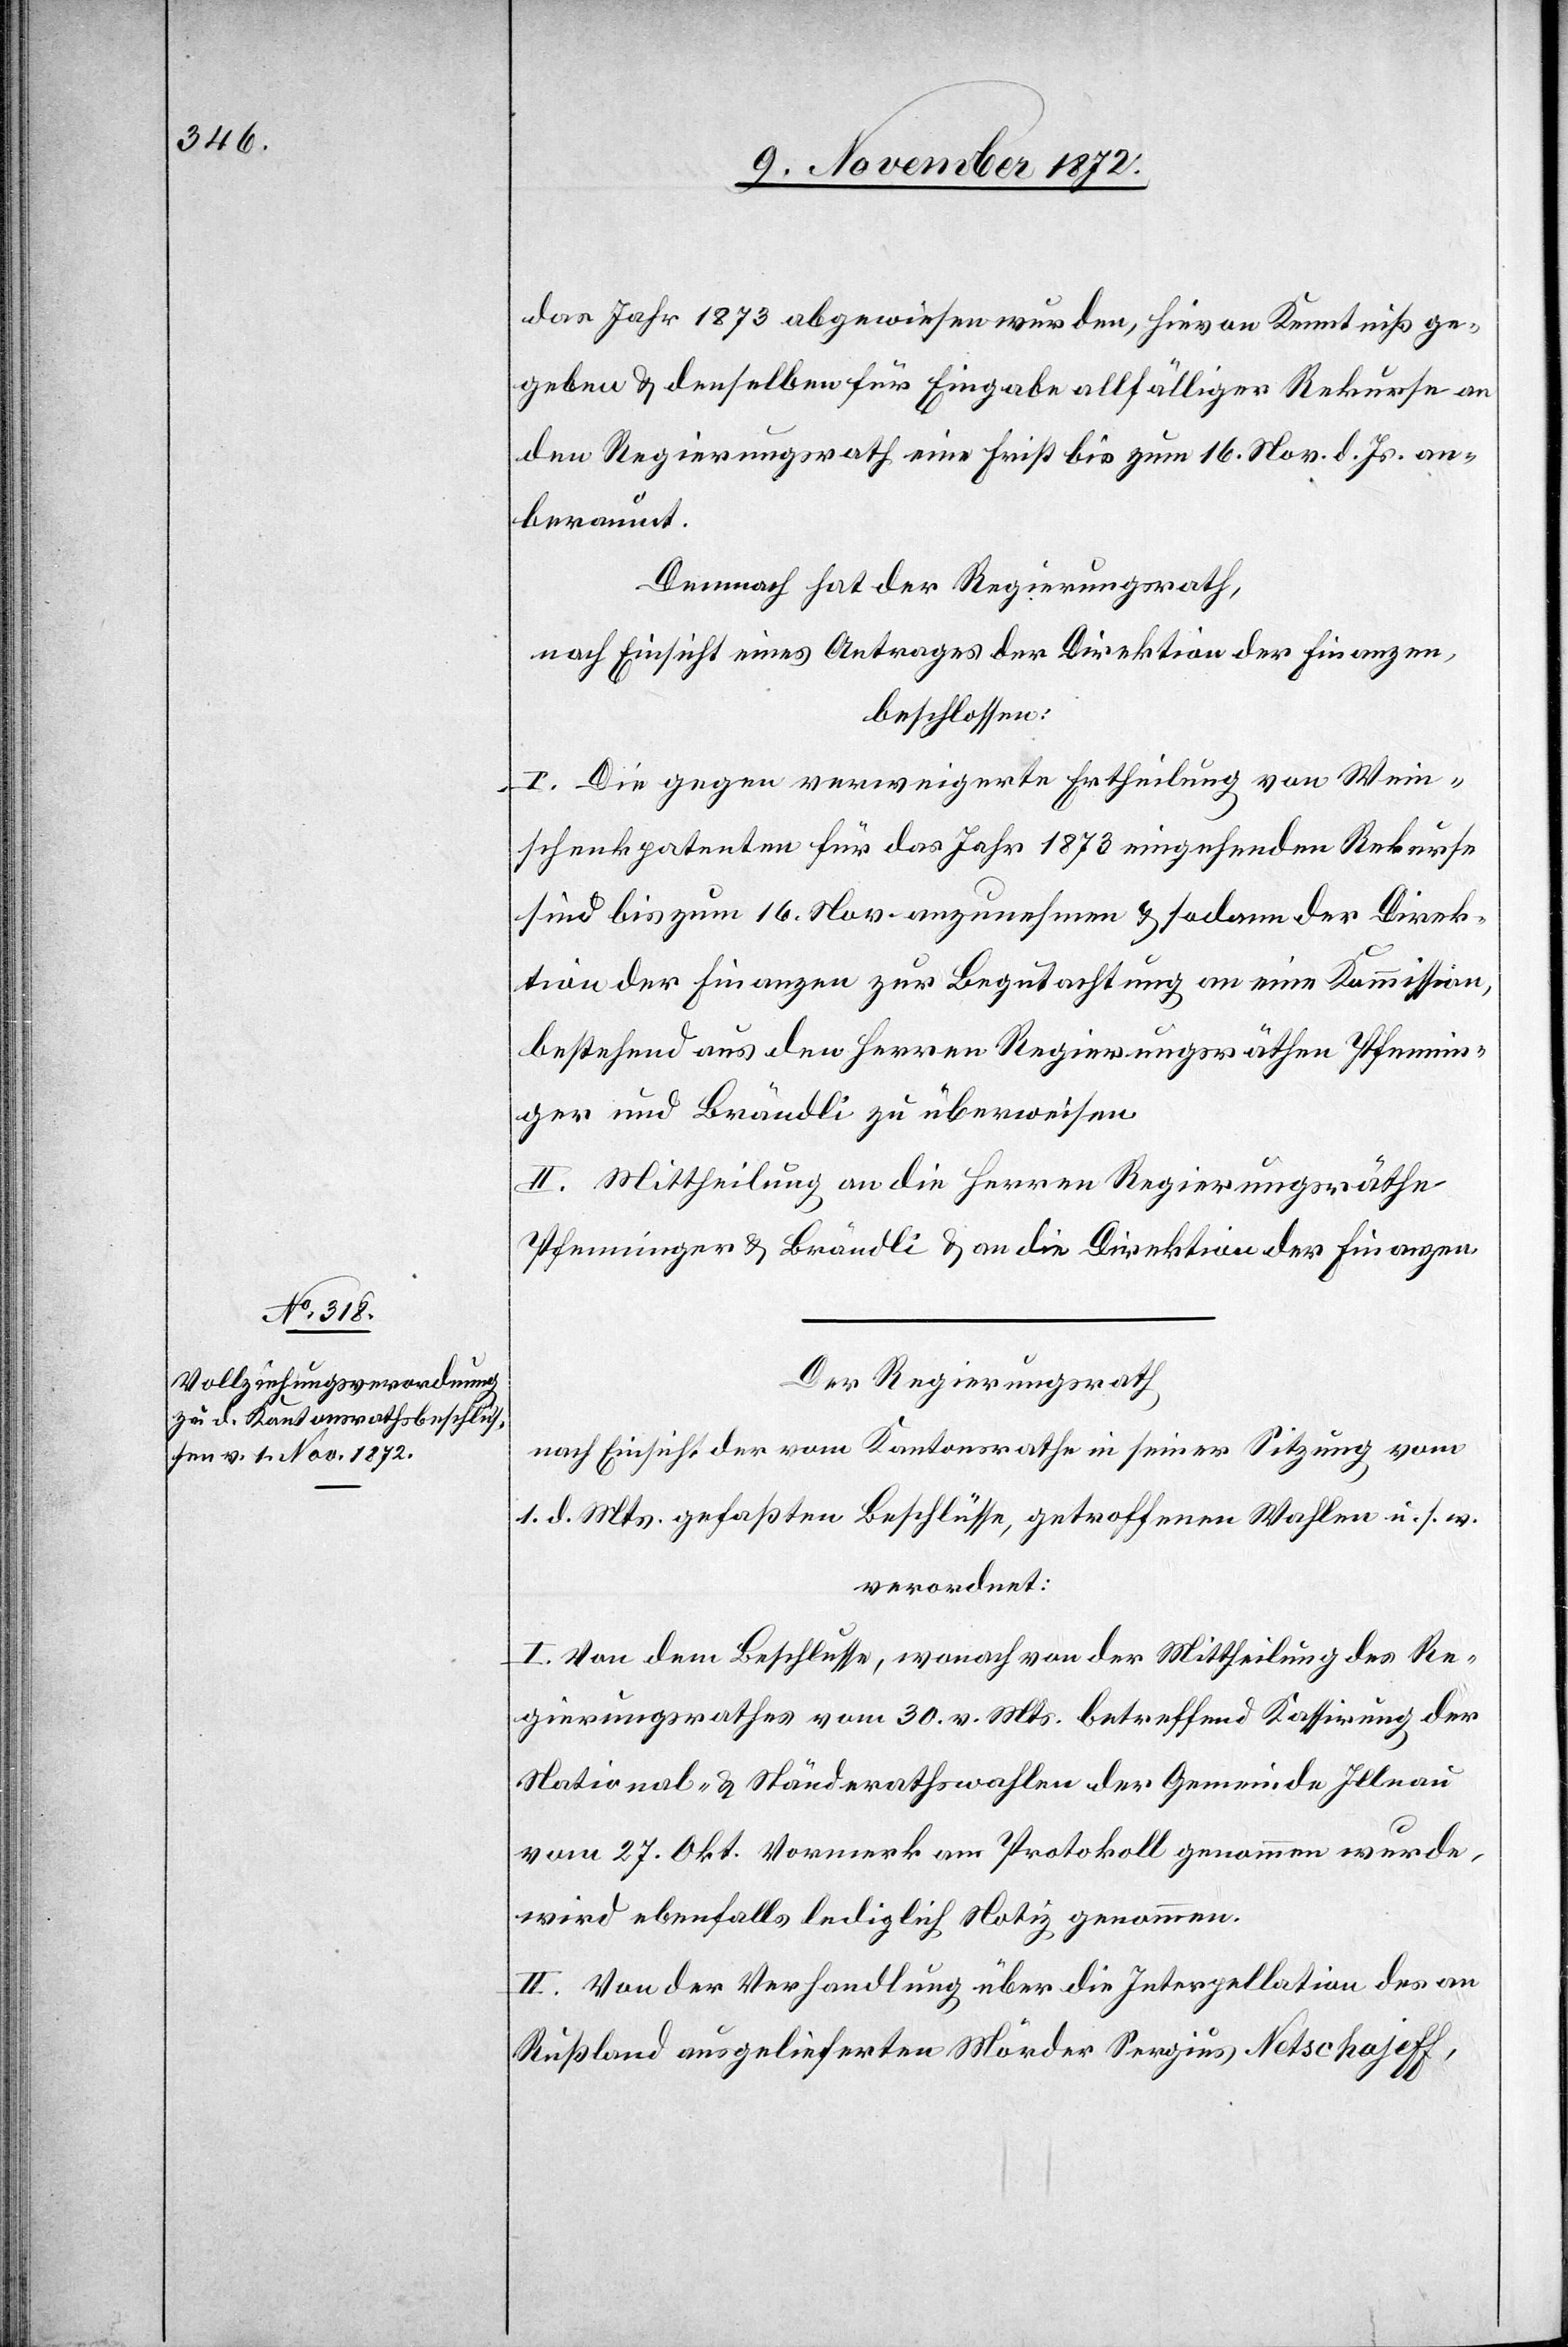
das Jahr 1873 abgewiesen wurden, hievon Kenntniß ge¬
geben u. denselben für Eingabe allfälliger Rekurse an
den Regierungsrath eine Frist bis zum 16. Nov. d. Js. an¬
beraumt.
Demnach hat der Regierungsrath,
nach Einsicht eines Antrages der Direktion der Finanzen,
beschlossen:
I. Die gegen verweigerte Ertheilung von Wein¬
schenkpatenten für das Jahr 1873 eingehenden Rekurse
sind bis zum 16. Nov. anzunehmen u. sodann der Direk¬
tion der Finanzen zur Begutachtung an eine Kommission,
bestehend aus den Herren Regierungsräthen Pfennin¬
ger und Brändli zu überweisen.
II. Mittheilung an die Herren Regierungsräthe
Pfenninger u. Brändli u. an die Direktion der Finanzen.
Der Regierungsrath
nach Einsicht der vom Kantonsrathe in seiner Sitzung vom
1. d. Mts. gefaßten Beschlüsse, getroffenen Wahlen u. s. w.
verordnet:
I. Von dem Beschlusse, wonach von der Mittheilung des Re¬
gierungsrathes vom 30. v. Mts. betreffend Kassirung der
National- u. Ständerathswahlen der Gemeinde Illnau
vom 27. Okt. Vormerk am Protokoll genommen wurde,
wird ebenfalls lediglich Notiz genommen.
II. Von der Verhandlung über die Interpellation des an
Rußland ausgelieferten Mörder Sergius Netschajeff,